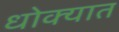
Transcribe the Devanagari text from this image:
धोक्‍यात